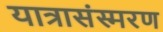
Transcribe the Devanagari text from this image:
यात्रासंस्मरण